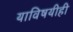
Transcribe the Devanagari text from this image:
याविषयीही